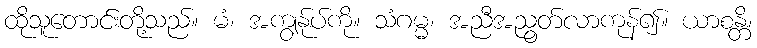
ထိုသူတောင်းတို့သည်။ မံ၊ အကျွန်ုပ်ကို။ သံဂမ္မ၊ အညီအညွတ်လာကုန်၍။ ယာစန္တိ၊